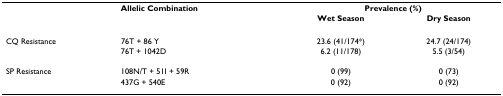
|  | Allelic Combination | <COLSPAN=2> Prevalence (%) |
 |  |  | Wet Season | Dry Season |
 | --- | --- | --- | --- |
 | CQ Resistance | 76T + 86 Y | 23.6 (41/174*) | 24.7 (24/174) |
 |  | 76T + 1042D | 6.2 (11/178) | 5.5 (3/54) |
 | SP Resistance | 108N/T + 51I + 59R | 0 (99) | 0 (73) |
 |  | 437G + 540E | 0 (92) | 0 (92) |